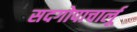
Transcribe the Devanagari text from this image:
सदगोपाचार्लू